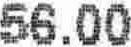
56.00